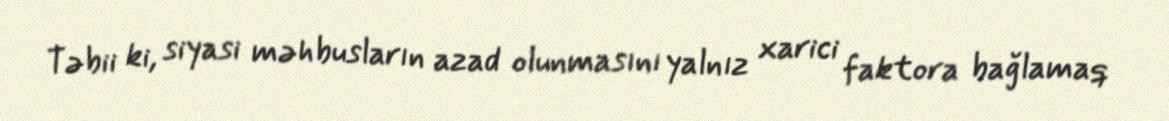
Təbii ki, siyasi məhbusların azad olunmasını yalnız xarici faktora bağlamaq